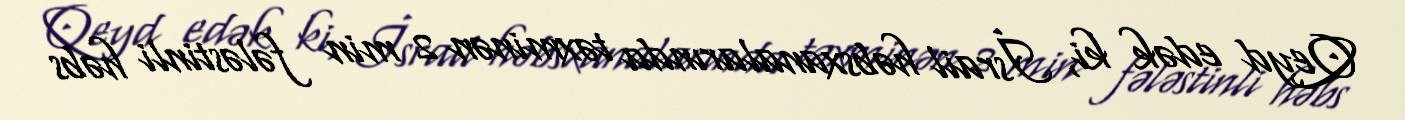
Qeyd edək ki, İsrail həbsxanalarında təxminən 2 min fələstinli həbs